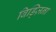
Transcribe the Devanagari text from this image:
बिड्ज़िना